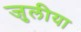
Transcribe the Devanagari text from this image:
जुलीया